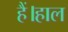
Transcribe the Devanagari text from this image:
हैं।हाल